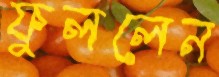
ফুললেন